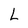
Character: L